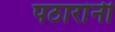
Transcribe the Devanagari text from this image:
पठारांनी